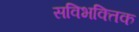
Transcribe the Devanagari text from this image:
सविभक्तिक